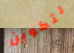
لتكوين